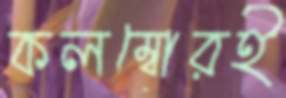
কলম্বোরই